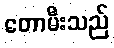
တောမီးသည်